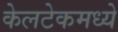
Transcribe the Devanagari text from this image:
केलटेकमध्ये